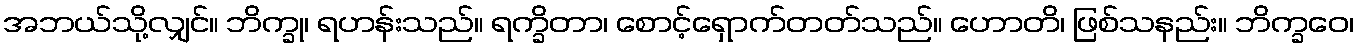
အဘယ်သို့လျှင်။ ဘိက္ခု၊ ရဟန်းသည်။ ရက္ခိတာ၊ စောင့်ရှောက်တတ်သည်။ ဟောတိ၊ ဖြစ်သနည်း။ ဘိက္ခဝေ၊